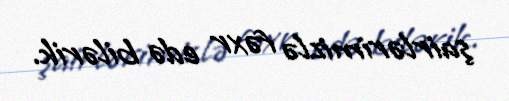
şairlərimizlə fəxr edə bilərik.